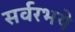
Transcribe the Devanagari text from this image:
सर्वरभये